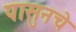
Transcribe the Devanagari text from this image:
पासुनचे